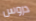
دروس